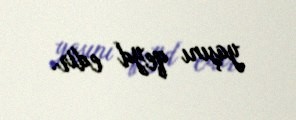
yaşını qeyd edir.